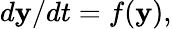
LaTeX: d\mathbf{y}/dt=f(\mathbf{y}),